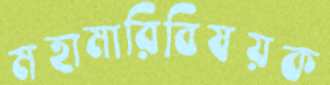
মহামারিবিষয়ক